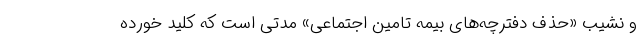
و نشیبِ «حذف دفترچه‌های بیمه تامین اجتماعی» مدتی است که کلید خورده